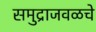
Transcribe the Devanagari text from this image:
समुद्राजवळचे